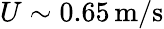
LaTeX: U\sim 0.65\, \mathrm{m/s}